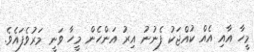
މީހާ އާއި އެއް ކުއްޖަކު ފެނުނު އިރު އަންހެން މީހާ ވަނީ މަރުވެފައެވެ.